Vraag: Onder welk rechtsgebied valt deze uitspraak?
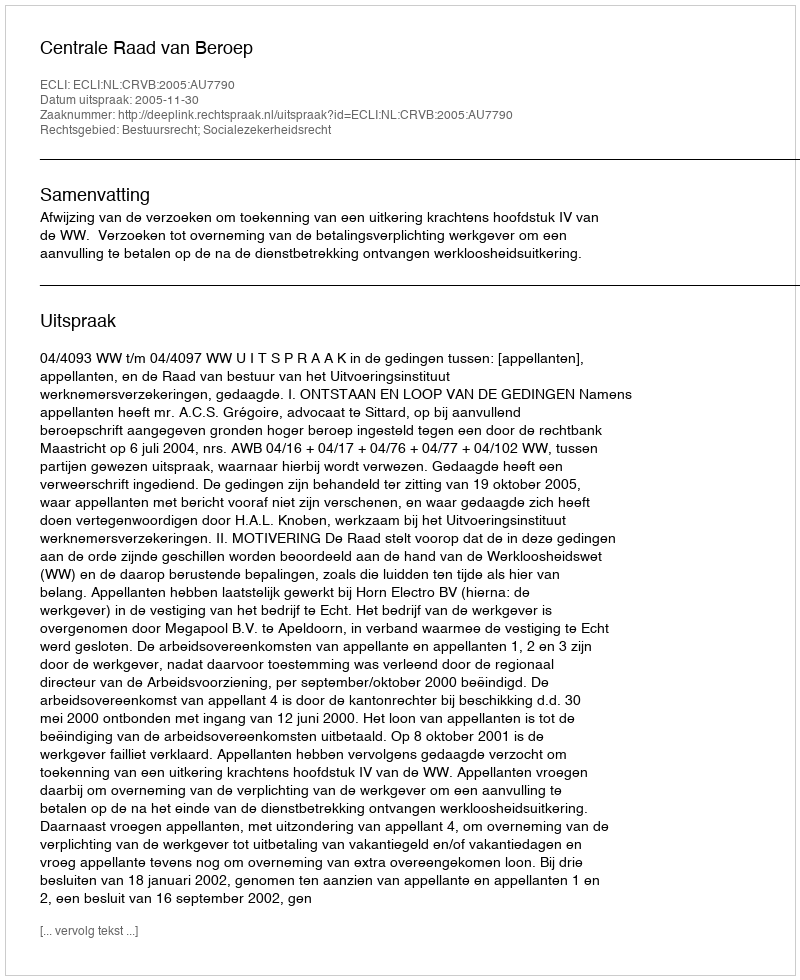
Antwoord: Bestuursrecht; Socialezekerheidsrecht